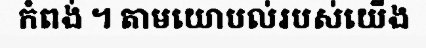
កំពង់ ។ តាមយោបល់របស់យើង